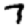
Digit: 7